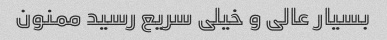
بسیار عالی و خیلی سریع رسید ممنون